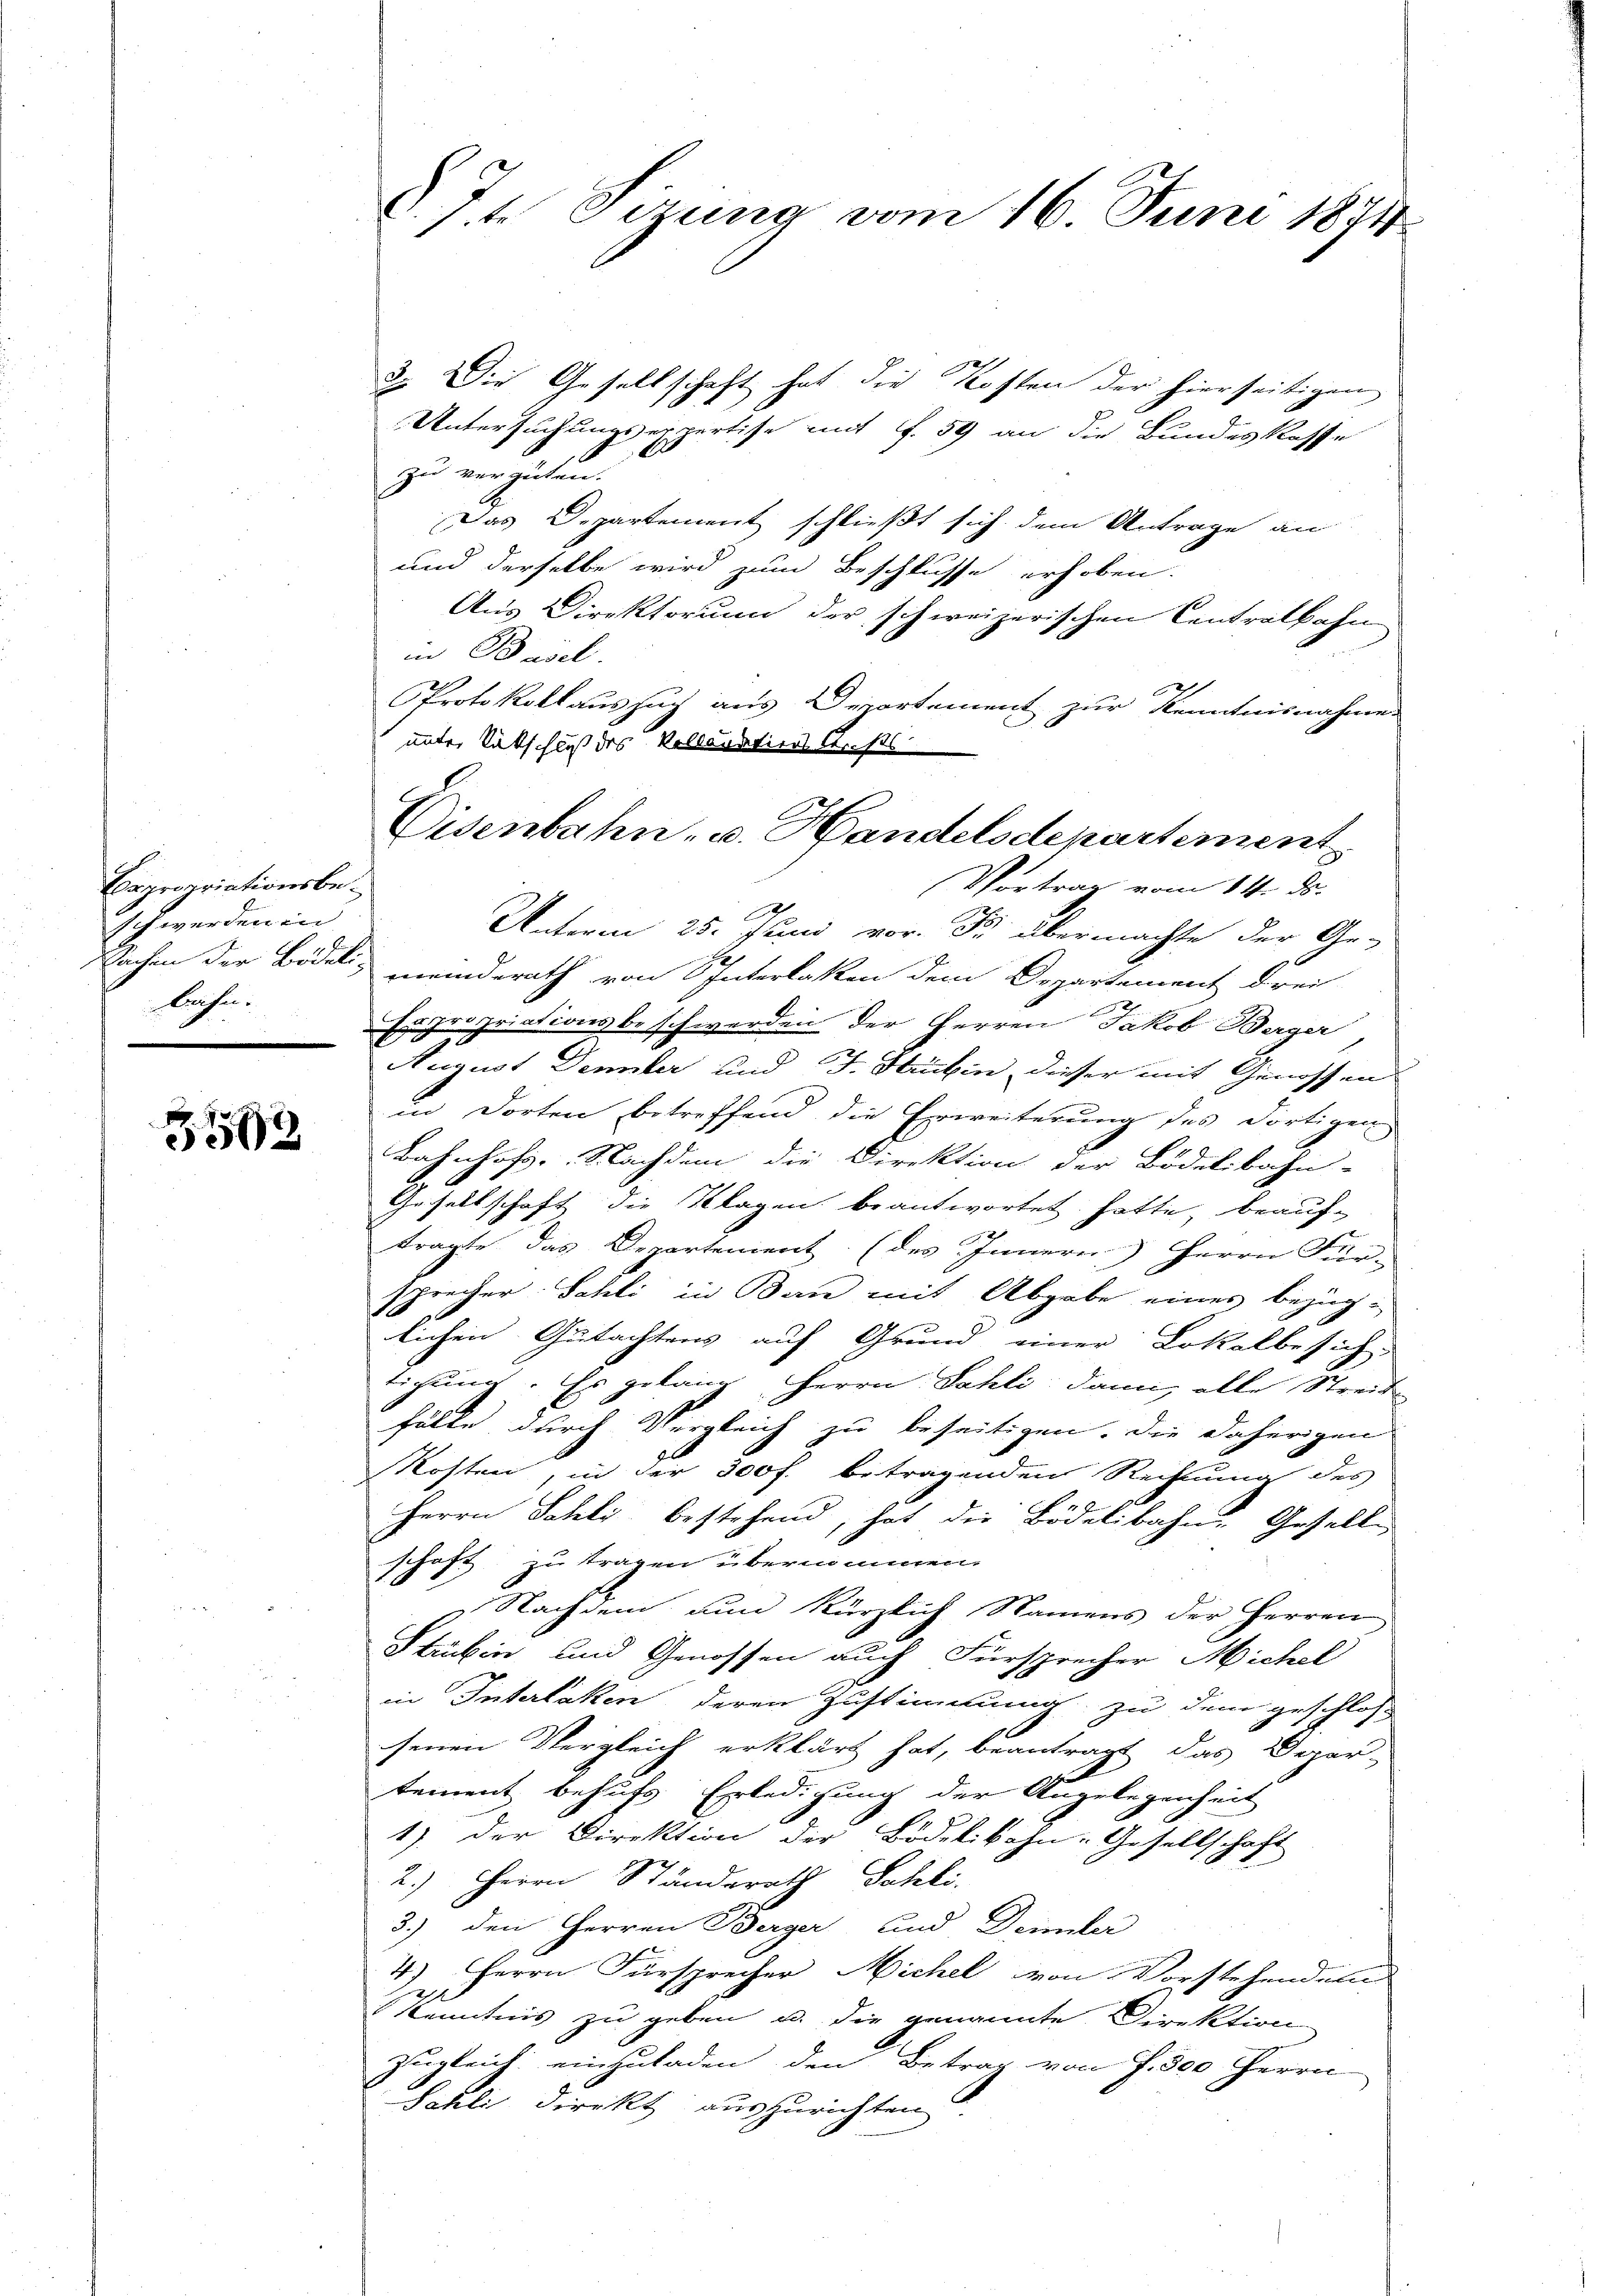
Bapropriationsbe¬
Ich werden in
Kachen der Bideli-
Bahnen.

3593

§. 7.t Tizung vom 16. Juni 1881

3. Die Gesellschaft hat die Kosten der hierseitigen
Untersuchungsexpertise mit f. 59 an die Bundeskasse
zu vergüten.
Das Departement schließt sich dem Antrage an
und derselbe wird zum Beschlusse erhoben.
Aus Direktorium der schweizerischen Centralbahn
in Basel.
Protokollauszug aus Departement zur Kenntnisnahmen
unter Ratschuß des Kollaudatiers Archts
Vortrag vom 14. ds.
Unterm 25. Juni vor. Fr. übermachte der Ge-
meinderath von Interlaken dem Departement drei
x
Expropriationsbeschwerden der Herren Jakob Berger
Hugust Dennler und J. Huben, dieser mit Genossen
in Dorten betreffend die Erweiterung des dortigen
Bahnhofs. Nachdem die Direktion der Bodelibahn-
Gesellschaft die Klagen beantwortet hatte, beauf-
tragte das Departement. (des Innern) Herrn Für-
sprecher Schli in Ban mit Abgabe eines bezüg-
lichen Gutachtens auf Grund einer Lokalbesich
tigung. Es gelang, Herrn Fahli dann, alle Streit
hälle durch Vergleich zu beseitigen. Die daherigen
Kosten, in der 300 f. betragenden Rechnung des
Herrn Schli bestehend, hat die Bödelibahn- Gesell
schaft zu tragen übernommen.
Nachdem nun kürzlich Namens der Herren
Stubin und Genossen auch Fürsprecher Michel
in Interlaken deren Zustimmung zu dem geschlos
senen Vergleich erklärt hat, beantragt das Depar-
tement behufs Erledigung der Angelegenheit
1). Der Direktion der Bödelibahn-Gesellschaft
2.) Herrn Ständerath Schli
3.) den Herren Berger und Denunter
4.) Herrn Fürsprecher Michel von Vorstehenden
e
Kenntnis zu geben u. die genannte Direktion
zugleich einzuladen, den Betrag von P. 300 Herrn
Sahli direkt auszurichten

Eisenbahn- u. Handelsdepartement